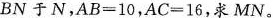
BN于N，AB=10，AC=16，求MN。